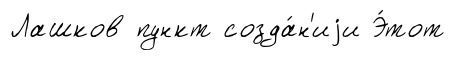
Лашков пункт созда́н'иjи Э́тот